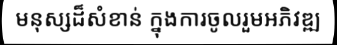
មនុស្សដ៏សំខាន់ ក្នុងការចូលរួមអភិវឌ្ឍ